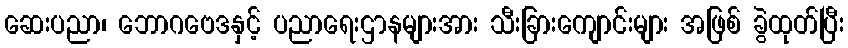
ဆေးပညာ၊ ဘောဂဗေဒနှင့် ပညာရေးဌာနများအား သီးခြားကျောင်းများ အဖြစ် ခွဲထုတ်ပြီး